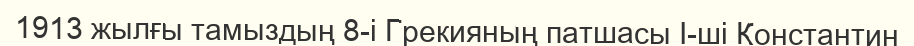
1913 жылғы тамыздың 8-і Грекияның патшасы І-ші Константин